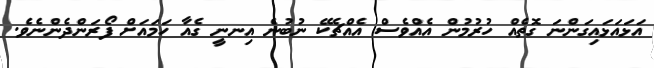
އަޅައަޅައިގަންނަ ގޮތެއް ހުރުމުން އެއްވެސް އެއްޗެކޭ ނުބުނެ އިނނީ ގެއާ ހަމައަށް ފޯރަންދެންނެވެ.